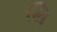
થિ